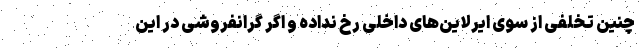
چنین تخلفی از سوی ایرلاین‌های داخلی رخ نداده و اگر گرانفروشی در این